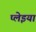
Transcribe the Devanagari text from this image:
प्लेइया